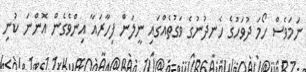
ނަމަވެސް ހޯމަ ދުވަހުގެ ހެނދުނުގެ ވަގުތެއްގައި ނީލަން ފިހާރައާ އިންވެގެން އޮންނަ ކުނި